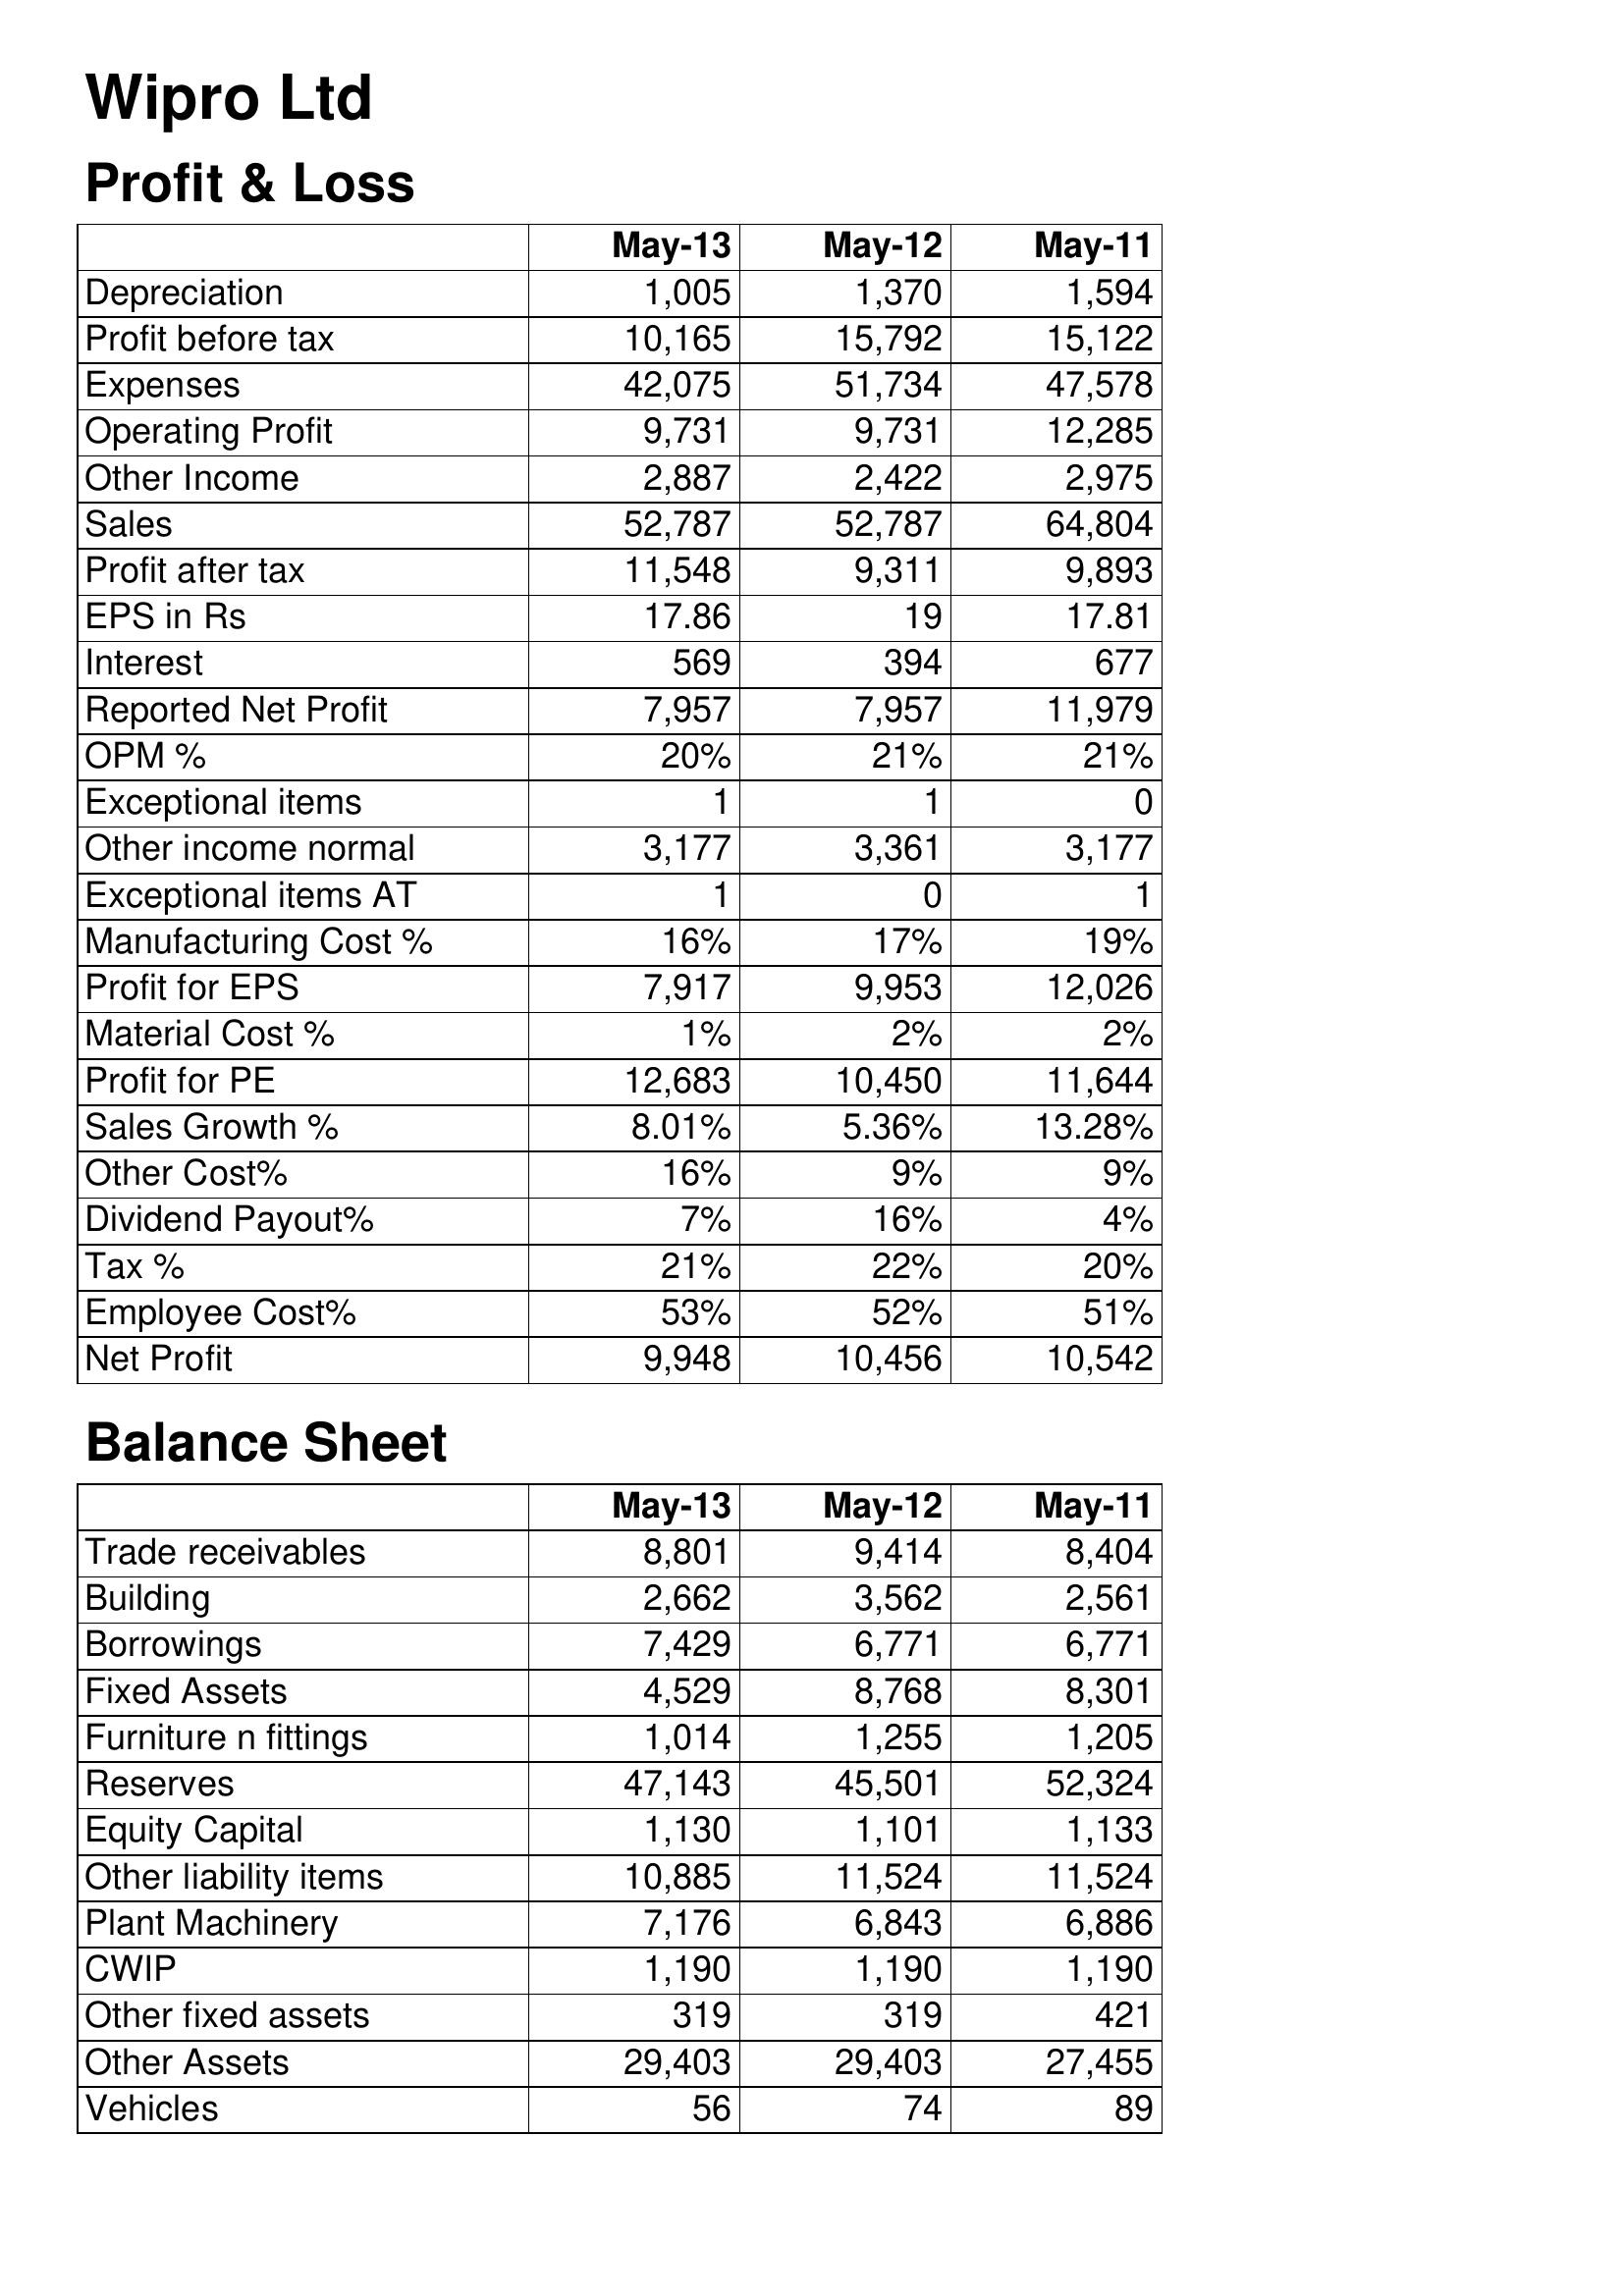
May-13: Profit & Loss: Depreciation: 1,005
Profit before tax: 10,165
Expenses: 42,075
Operating Profit: 9,731
Other Income: 2,887
Sales: 52,787
Profit after tax: 11,548
EPS in Rs: 17.86
Interest: 569
Reported Net Profit: 7,957
OPM %: 20%
Exceptional items: 1
Other income normal: 3,177
Exceptional items AT: 1
Manufacturing Cost %: 16%
Profit for EPS: 7,917
Material Cost %: 1%
Profit for PE: 12,683
Sales Growth %: 8.01%
Other Cost%: 16%
Dividend Payout%: 7%
Tax %: 21%
Employee Cost%: 53%
Net Profit: 9,948
Balance Sheet: Trade receivables: 8,801
Building: 2,662
Borrowings: 7,429
Fixed Assets: 4,529
Furniture n fittings: 1,014
Reserves: 47,143
Equity Capital: 1,130
Other liability items: 10,885
Plant Machinery: 7,176
CWIP: 1,190
Other fixed assets: 319
Other Assets: 29,403
Vehicles: 56
May-12: Profit & Loss: Depreciation: 1,370
Profit before tax: 15,792
Expenses: 51,734
Operating Profit: 9,731
Other Income: 2,422
Sales: 52,787
Profit after tax: 9,311
EPS in Rs: 19
Interest: 394
Reported Net Profit: 7,957
OPM %: 21%
Exceptional items: 1
Other income normal: 3,361
Exceptional items AT: 0
Manufacturing Cost %: 17%
Profit for EPS: 9,953
Material Cost %: 2%
Profit for PE: 10,450
Sales Growth %: 5.36%
Other Cost%: 9%
Dividend Payout%: 16%
Tax %: 22%
Employee Cost%: 52%
Net Profit: 10,456
Balance Sheet: Trade receivables: 9,414
Building: 3,562
Borrowings: 6,771
Fixed Assets: 8,768
Furniture n fittings: 1,255
Reserves: 45,501
Equity Capital: 1,101
Other liability items: 11,524
Plant Machinery: 6,843
CWIP: 1,190
Other fixed assets: 319
Other Assets: 29,403
Vehicles: 74
May-11: Profit & Loss: Depreciation: 1,594
Profit before tax: 15,122
Expenses: 47,578
Operating Profit: 12,285
Other Income: 2,975
Sales: 64,804
Profit after tax: 9,893
EPS in Rs: 17.81
Interest: 677
Reported Net Profit: 11,979
OPM %: 21%
Exceptional items: 0
Other income normal: 3,177
Exceptional items AT: 1
Manufacturing Cost %: 19%
Profit for EPS: 12,026
Material Cost %: 2%
Profit for PE: 11,644
Sales Growth %: 13.28%
Other Cost%: 9%
Dividend Payout%: 4%
Tax %: 20%
Employee Cost%: 51%
Net Profit: 10,542
Balance Sheet: Trade receivables: 8,404
Building: 2,561
Borrowings: 6,771
Fixed Assets: 8,301
Furniture n fittings: 1,205
Reserves: 52,324
Equity Capital: 1,133
Other liability items: 11,524
Plant Machinery: 6,886
CWIP: 1,190
Other fixed assets: 421
Other Assets: 27,455
Vehicles: 89